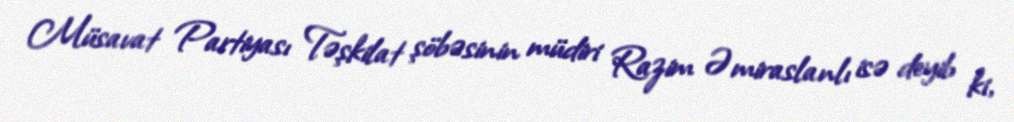
Müsavat Partiyası Təşkilat şöbəsinin müdiri Razim Əmiraslanlı isə deyib ki,